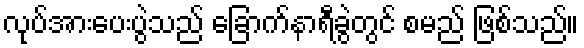
လုပ်အားပေးပွဲသည် ခြောက်နာရီခွဲတွင် စမည် ဖြစ်သည်။